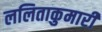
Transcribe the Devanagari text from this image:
ललिताकुमारी